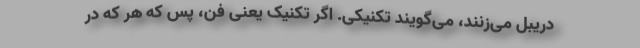
دریبل می‌زنند، می‌گویند تکنیکی. اگر تکنیک یعنی فن، پس که هر که در